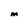
Character: M